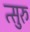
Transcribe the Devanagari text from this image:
त्सुरु